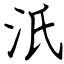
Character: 汦